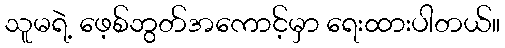
သူမရဲ့ ဖေ့စ်ဘွတ်အကောင့်မှာ ရေးထားပါတယ်။